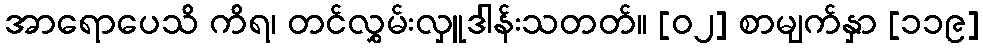
အာရောပေသိ ကိရ၊ တင်လွှမ်းလှူဒါန်းသတတ်။ [၀၂] စာမျက်နှာ [၁၁၉]